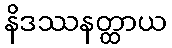
နိဒဿနတ္ထာယ